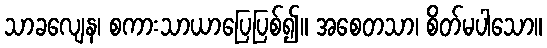
သာခလျေန၊ စကားသာယာပြေပြစ်၍။ အစေတသာ၊ စိတ်မပါသော။